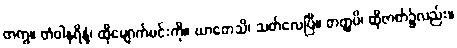
တကွ။ တံဝါနရိန္ဒံ၊ ထိုမျောက်မင်းကို။ ဃာတေသိ၊ သတ်လေပြီ။ တတ္ထပိ၊ ထိုဇာတ်၌လည်း။